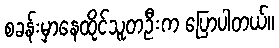
စခန်းမှာနေထိုင်သူတဦးက ပြောပါတယ်။